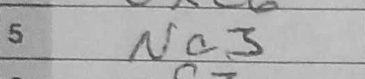
Transcription: Nc3